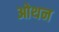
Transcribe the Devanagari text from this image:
ओथन